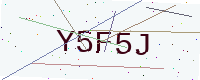
Text: Y5F5J